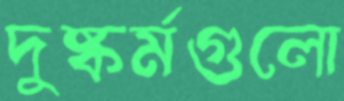
দুষ্কর্মগুলো